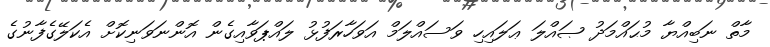
މާތް ނަބިއްޔާ މުޙައްމަދު ޞައްލަ ޢަލައިހި ވަސައްލަމް އަވަހާރަފުޅު ލައްޕަވާއިގެން އޮންނަވަނިކޮށް އެކަލޭގެފާނުގެ